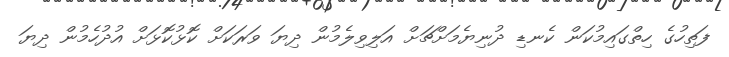
ފަތިހުގެ ހިތްގައިމުކަން ކެނޑި ދުނިޔެމަށްޗަށް އަލިވިލެމުން ދިޔަ ވަރަކަށް ކޮޅުކޮޅަށް އުދުހެމުން ދިޔަ